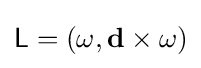
{\mathsf {L}}=(\omega ,\mathbf {d} \times \omega )